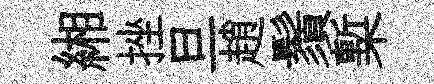
緗挫旦趙鬚槧